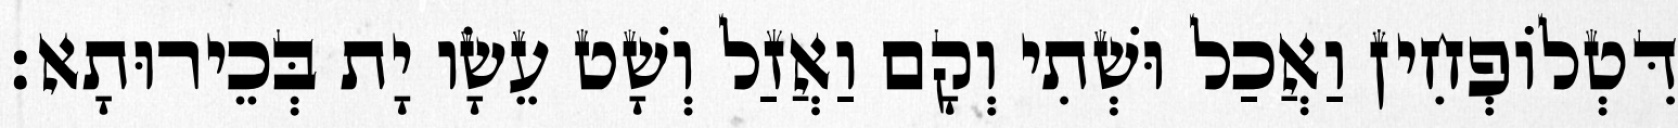
דִּטְלוֹפְחִין וַאֲכַל וּשְׁתִי וְקָם וַאֲזַל וְשָׁט עֵשָׂו יָת בְּכֵירוּתָא׃